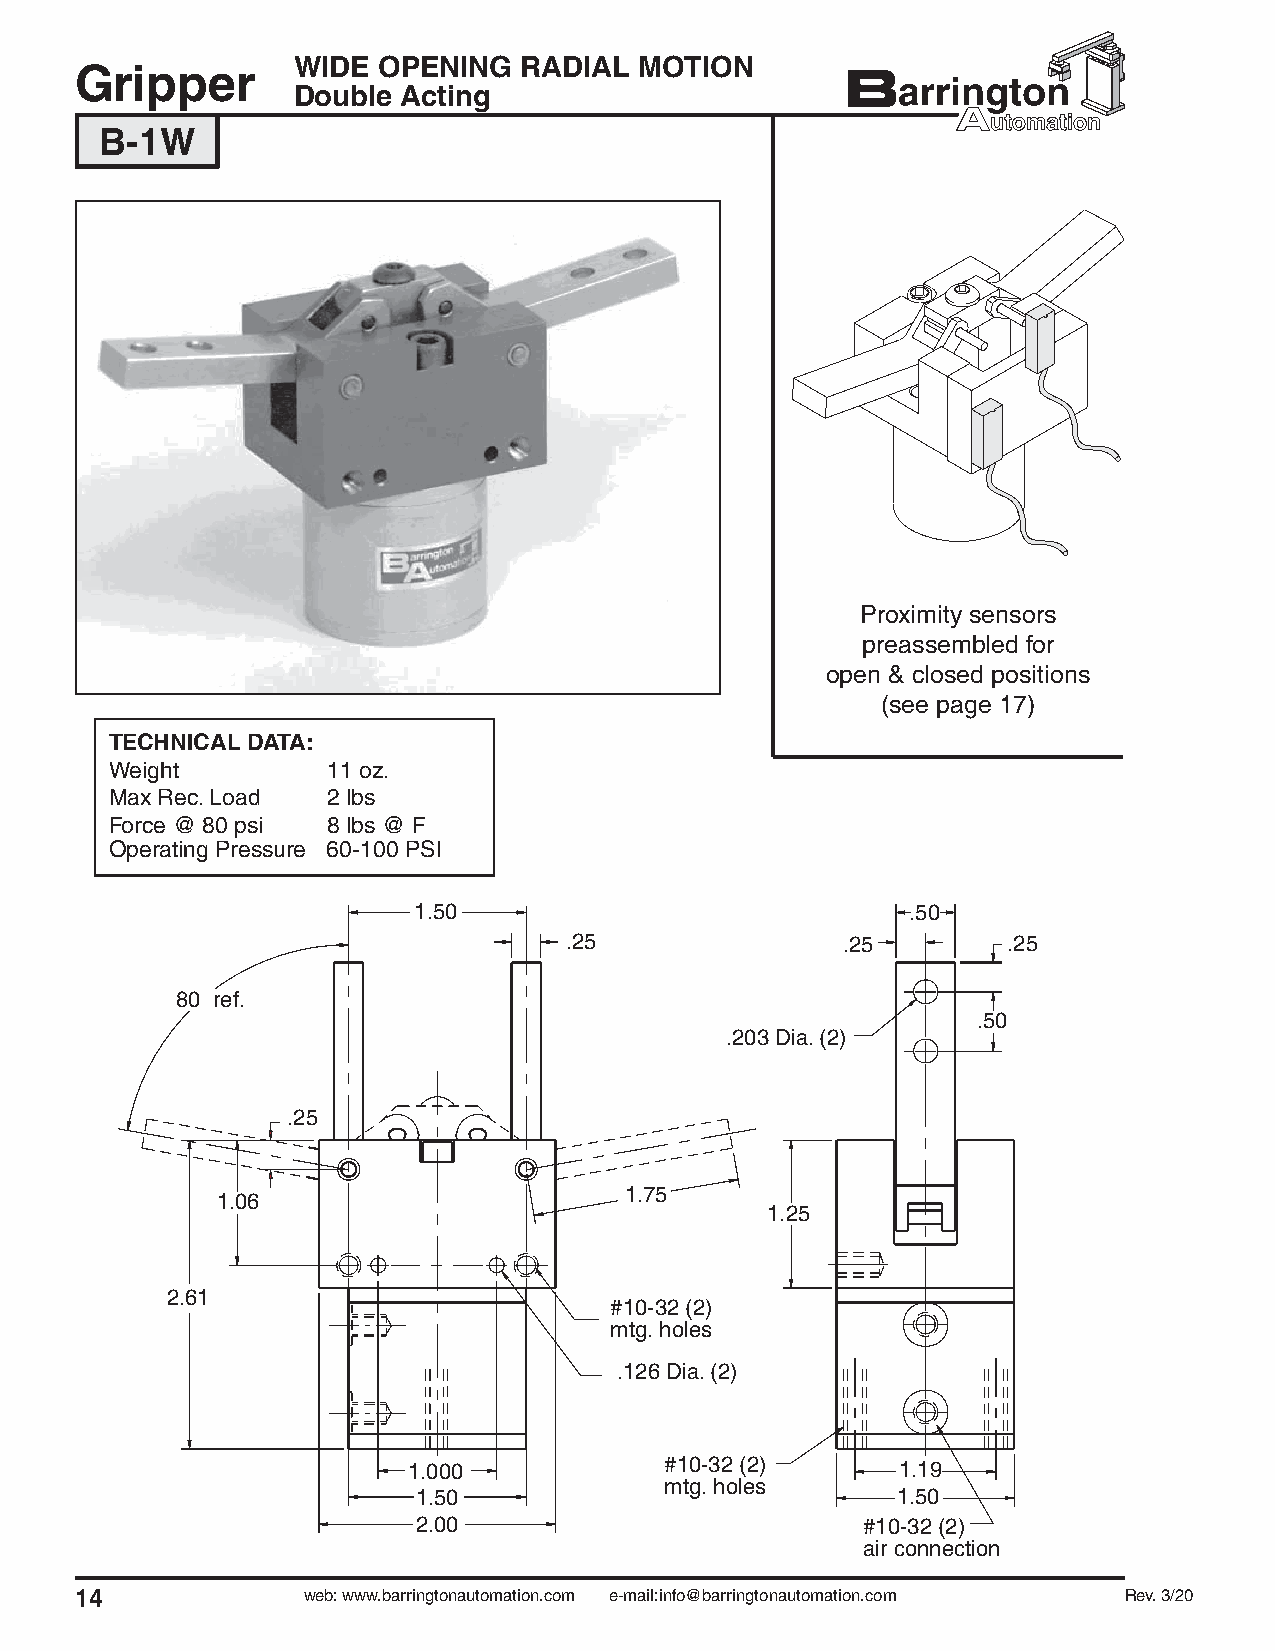
WIDE  OPENING  RADIAL  MOTION
 Gripper
 Double  Acting
 B-1W
 Proximity sensors
 preassembled for
 open & closed positions
 (see page 17)
 TECHNICAL DATA:
 Weight         11 oz.
 Max Rec. Load  2 lbs
 Force @ 80 psi 8 lbs @ F
 Operating Pressure 60-100 PSI
 1.50                             .50
 .25                .25        .25
 80 ref.
 .50
 .203 Dia. (2)
 .25
 1.75
 1.06
 1.25
 2.61
 #10-32 (2)
 mtg. holes
 .126 Dia. (2)
 1.000            #10-32 (2)      1.19
 mtg. holes
 1.50                           1.50
 2.00                         #10-32 (2)
 air connection
 14             web: www.barringtonautomation.com e-mail:info@barringtonautomation.com Rev. 3/20